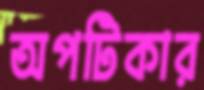
অপটিকার